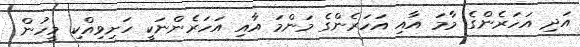
އަދި އަހަރެންގެ މާމަ އާއި އަހަރެންގެ މަންމަ އާއި އަހަރެންނަކީ ހަށިވިއްކި މީހުން